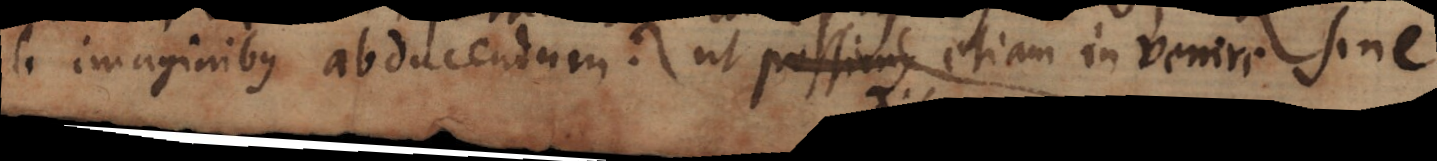
ab imaginibus abducendum: ut passim etiam invenire sine